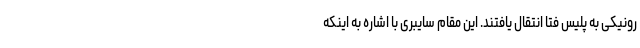
رونیکی به پلیس فتا انتقال یافتند. این مقام سایبری با اشاره به اینکه